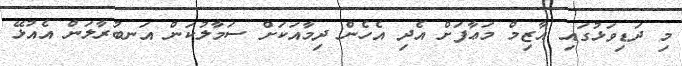
މި ދަޑިވަޅުގައި އާޒިމް މަޢާފަށް އެދި އެހެން ދިމާއަކަށް ސަމާލުކަން އަނބުރާލަން އެއުޅޭ